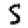
Digit: 5